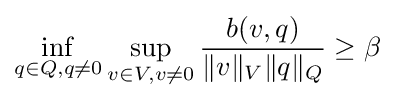
\inf _{q\in Q,q\neq 0}\sup _{v\in V,v\neq 0}{\frac {b(v,q)}{\|v\|_{V}\|q\|_{Q}}}\geq \beta